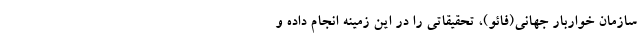
سازمان خواربار جهانی‌(فائو)، تحقیقاتی را در این زمینه انجام داده و